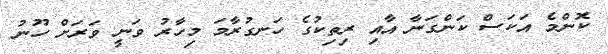
ކޮންމެ އަކަސް ކަންގަނާ އާއި ރިތިކުގެ ހަނގުރާމަ މިހާރު ވަނީ ވަރަށް ހޫނު